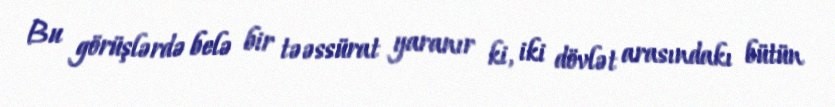
Bu görüşlərdə belə bir təəssürat yaranır ki, iki dövlət arasındakı bütün